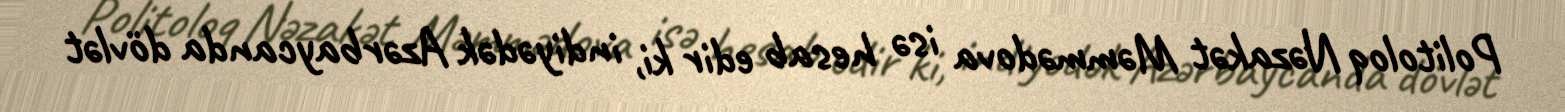
Politoloq Nəzakət Məmmədova isə hesab edir ki, indiyədək Azərbaycanda dövlət